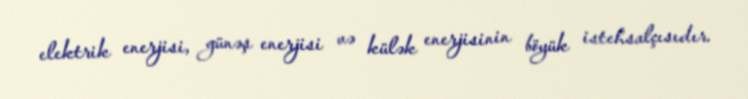
elektrik enerjisi, günəş enerjisi və külək enerjisinin böyük istehsalçısıdır.